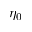
\eta _ { 0 }